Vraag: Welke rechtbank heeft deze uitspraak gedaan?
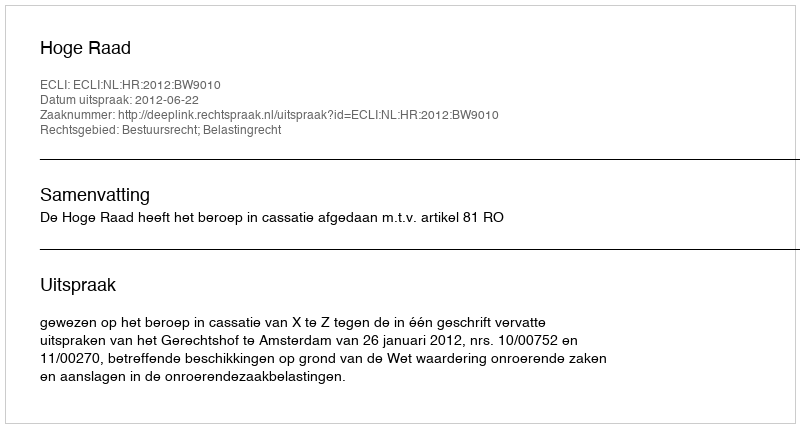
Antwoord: Hoge Raad